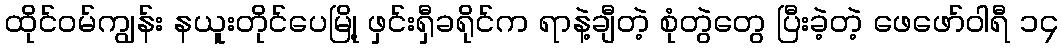
ထိုင်ဝမ်ကျွန်း နယူးတိုင်ပေမြို့ ဖှင်းရှီခရိုင်က ရာနဲ့ချီတဲ့ စုံတွဲတွေ ပြီးခဲ့တဲ့ ဖေဖော်ဝါရီ ၁၄